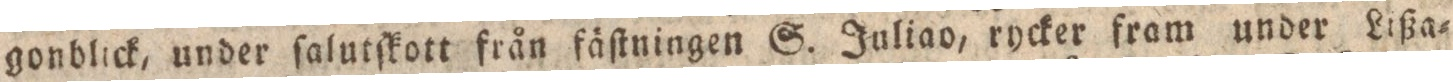
gonblick, under ſalutſkott från fäſtningen S. Juliao, rycker fram under Lißa=